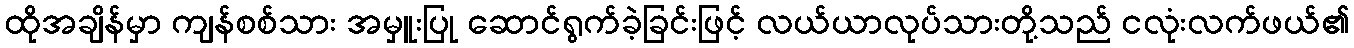
ထိုအချိန်မှာ ကျန်စစ်သား အမှူးပြု ဆောင်ရွက်ခဲ့ခြင်းဖြင့် လယ်ယာလုပ်သားတို့သည် ငလုံးလက်ဖယ်၏